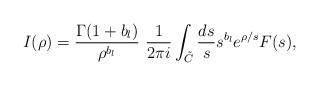
LaTeX: \begin{align*} I(\rho)=\frac{\Gamma(1+b_l)}{\rho^{b_l}}\ \frac{1}{2\pi i}\int_{\tilde{C}} \frac{ds}{s}s^{b_l} e^{\rho/s}F(s),\end{align*}